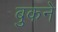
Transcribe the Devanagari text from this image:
बुकने